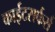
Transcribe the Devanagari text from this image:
काईटसर्फर्स